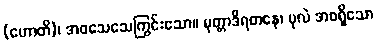
(ဟောတိ)၊ အဝသေသေကြွင်းသော။ မုတ္တာဒိရတနေ၊ ပုလဲ အစရှိသော